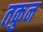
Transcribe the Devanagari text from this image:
तकुन